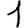
Digit: 1